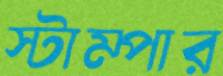
স্টাম্পার